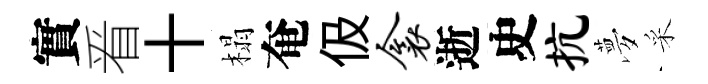
實㸔十榻奄伋衾逝史抗夢采